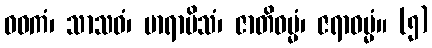
ဝဓကံ၊ သာသဝံ၊ မာရာမိသံ၊ ဇာတိဓမ္မံ၊ ဇရာဓမ္မံ။ (၅)